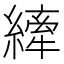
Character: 縴